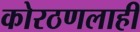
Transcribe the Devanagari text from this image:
कोरठणलाही